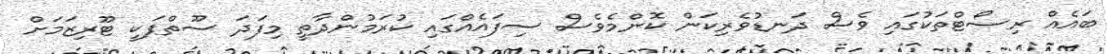
ބައެއް ރިސޯޓްްތަކުގައި ވެސް ދަނޑުވެރިކަން ކޮންމެވެސް ސިފައެއްގައި ކުރަމުންދާތީ މިފަދަ ސޫތްޕަކީ ޓޫރިޒަމަށް